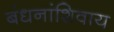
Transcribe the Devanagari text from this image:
बंधनांशिवाय